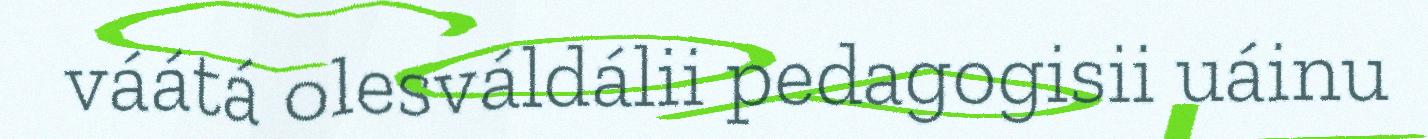
váátá olesváldálii pedagogisii uáinu